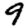
Digit: 9